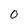
Character: 0